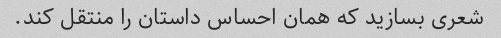
شعری بسازید که همان احساس داستان را منتقل کند.